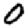
Digit: 0